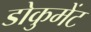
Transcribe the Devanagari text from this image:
डोकुमेंट